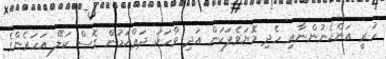
ހުރީ އަންހެނުންނާއި ހެދި މޮޔަވެފަކަން އަދި ވާހަކަ ދައްކަމުން ގޮސް ކަލޭ އަހަރެންގެ